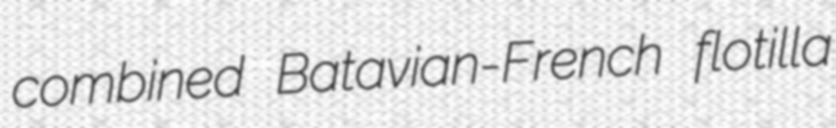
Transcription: combined Batavian-French flotilla